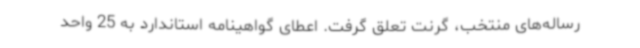
رساله‌های منتخب، گرنت تعلق گرفت. اعطای گواهینامه استاندارد به 25 واحد